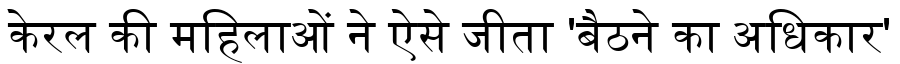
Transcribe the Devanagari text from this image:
केरल की महिलाओं ने ऐसे जीता 'बैठने का अधिकार'